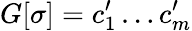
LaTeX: G[{\sigma}]=c_{1}^{\prime}\ldots c_{m}^{\prime}